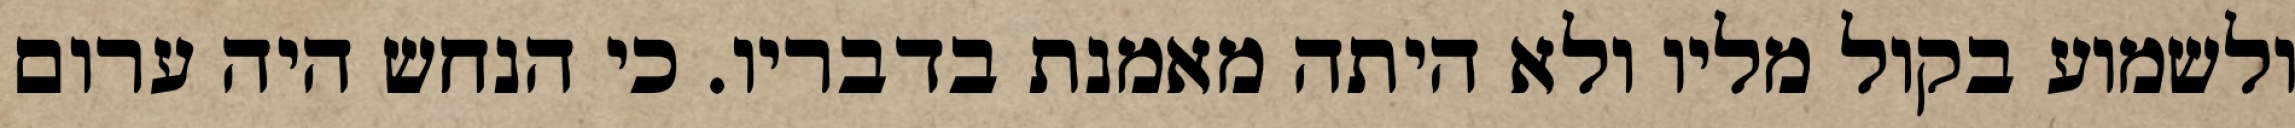
ולשמוע בקול מליו ולא היתה מאמנת בדבריו. כי הנחש היה ערום